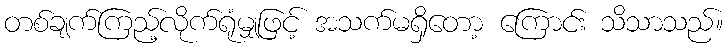
တစ်ချက်ကြည့်လိုက်ရုံမျှဖြင့် အသက်မရှိတော့ ကြောင်း သိသာသည်။